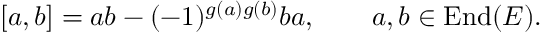
[ a , b ] = a b - ( - 1 ) ^ { g ( a ) g ( b ) } b a , \qquad a , b \in \mathrm { E n d } ( E ) .